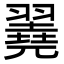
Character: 𦒏